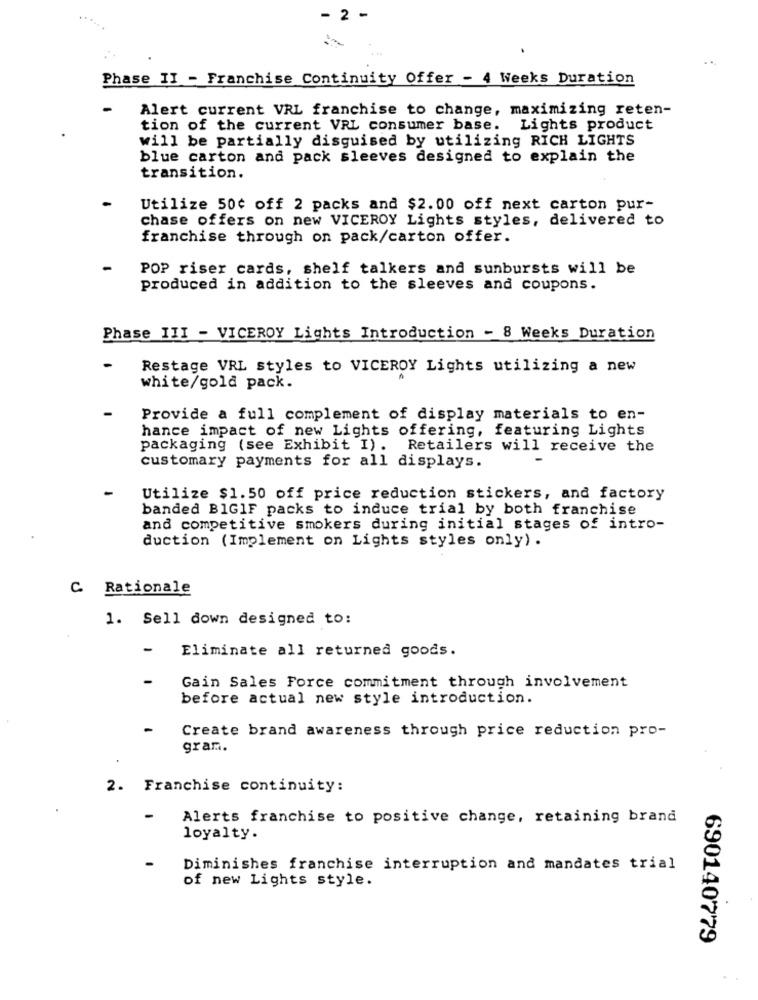
- 2 -
Phase II - Franchise Continuity Offer - 4 Weeks Duration
Alert current VRL franchise to change, maximizing reten-
tion of the current VRL consumer base. Lights product
will be partially disguised by utilizing RICH LIGHTS
blue carton and pack sleeves designed to explain the
transition.
Utilize 50¢ off 2 packs and $2.00 off next carton pur-
chase offers on new VICEROY Lights styles, delivered to
franchise through on pack/carton offer.
POP riser cards, shelf talkers and sunbursts will be
produced in addition to the sleeves and coupons.
Phase III - VICEROY Lights Introduction - 8 Weeks Duration
Restage VRL styles to VICEROY Lights utilizing a new
white/gold pack.
Provide a full complement of display materials to en-
hance impact of new Lights offering, featuring Lights
packaging (see Exhibit I) .
Retailers will receive the
customary payments for all displays.
Utilize $1.50 off price reduction stickers, and factory
banded B1GIF packs to induce trial by both franchise
and competitive smokers during initial stages of intro-
duction (Implement on Lights styles only) .
C Rationale
1. Sell down designed to:
-
Eliminate all returned goods.
-
Gain Sales Force commitment through involvement
before actual new style introduction.
-
Create brand awareness through price reduction pro-
gram.
2. Franchise continuity:
Alerts franchise to positive change, retaining brand
loyalty.
Diminishes franchise interruption and mandates trial
of new Lights style.
690140779